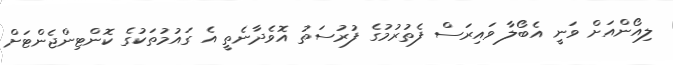
ލިއޯންއަށް ވަނީ އެބޯލާ ވައިރަސް ފެތުރުމުގެ ފުރުސަތު އޮވެދާނެތީ އެ ގައުމުތަކުގެ ކޮންޓިންޖެންޓަށް